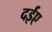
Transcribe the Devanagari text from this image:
दईए